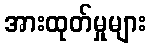
အားထုတ်မှုများ